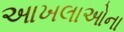
આખલાઓના